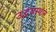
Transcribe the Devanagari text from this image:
उद्भवस्थान